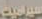
سيراميت